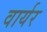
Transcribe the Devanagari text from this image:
वार्यर